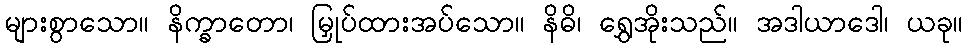
များစွာသော။ နိက္ခာတော၊ မြှုပ်ထားအပ်သော။ နိဓိ၊ ရွှေအိုးသည်။ အဒါယာဒေါ၊ ယခု။